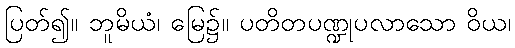
ပြတ်၍။ ဘူမိယံ၊ မြေ၌။ ပတိတပဏ္ဍုပလာသော ဝိယ၊